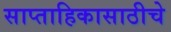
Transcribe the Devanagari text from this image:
साप्ताहिकासाठीचे